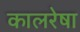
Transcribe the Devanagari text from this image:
कालरेषा